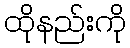
ထိုနည်းကို